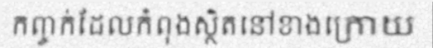
កញ្ចក់ដែលកំពុងស្ថិតនៅខាងក្រោយ